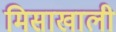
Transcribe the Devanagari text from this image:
मिसाखाली